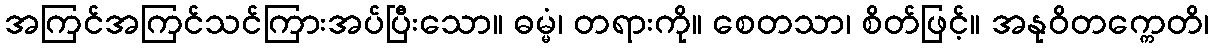
အကြင်အကြင်သင်ကြားအပ်ပြီးသော။ ဓမ္မံ၊ တရားကို။ စေတသာ၊ စိတ်ဖြင့်။ အနုဝိတက္ကေတိ၊